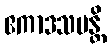
ဧကာဒသမန္တိ